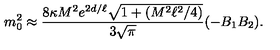
m _ { 0 } ^ { 2 } \approx { \frac { 8 \kappa M ^ { 2 } e ^ { 2 d / \ell } \sqrt { 1 + ( M ^ { 2 } \ell ^ { 2 } / 4 ) } } { 3 \sqrt { \pi } } } ( - B _ { 1 } B _ { 2 } ) .